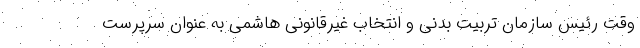
وقت رئیس سازمان تربیت بدنی و انتخاب غیرقانونی هاشمی به عنوان سرپرست